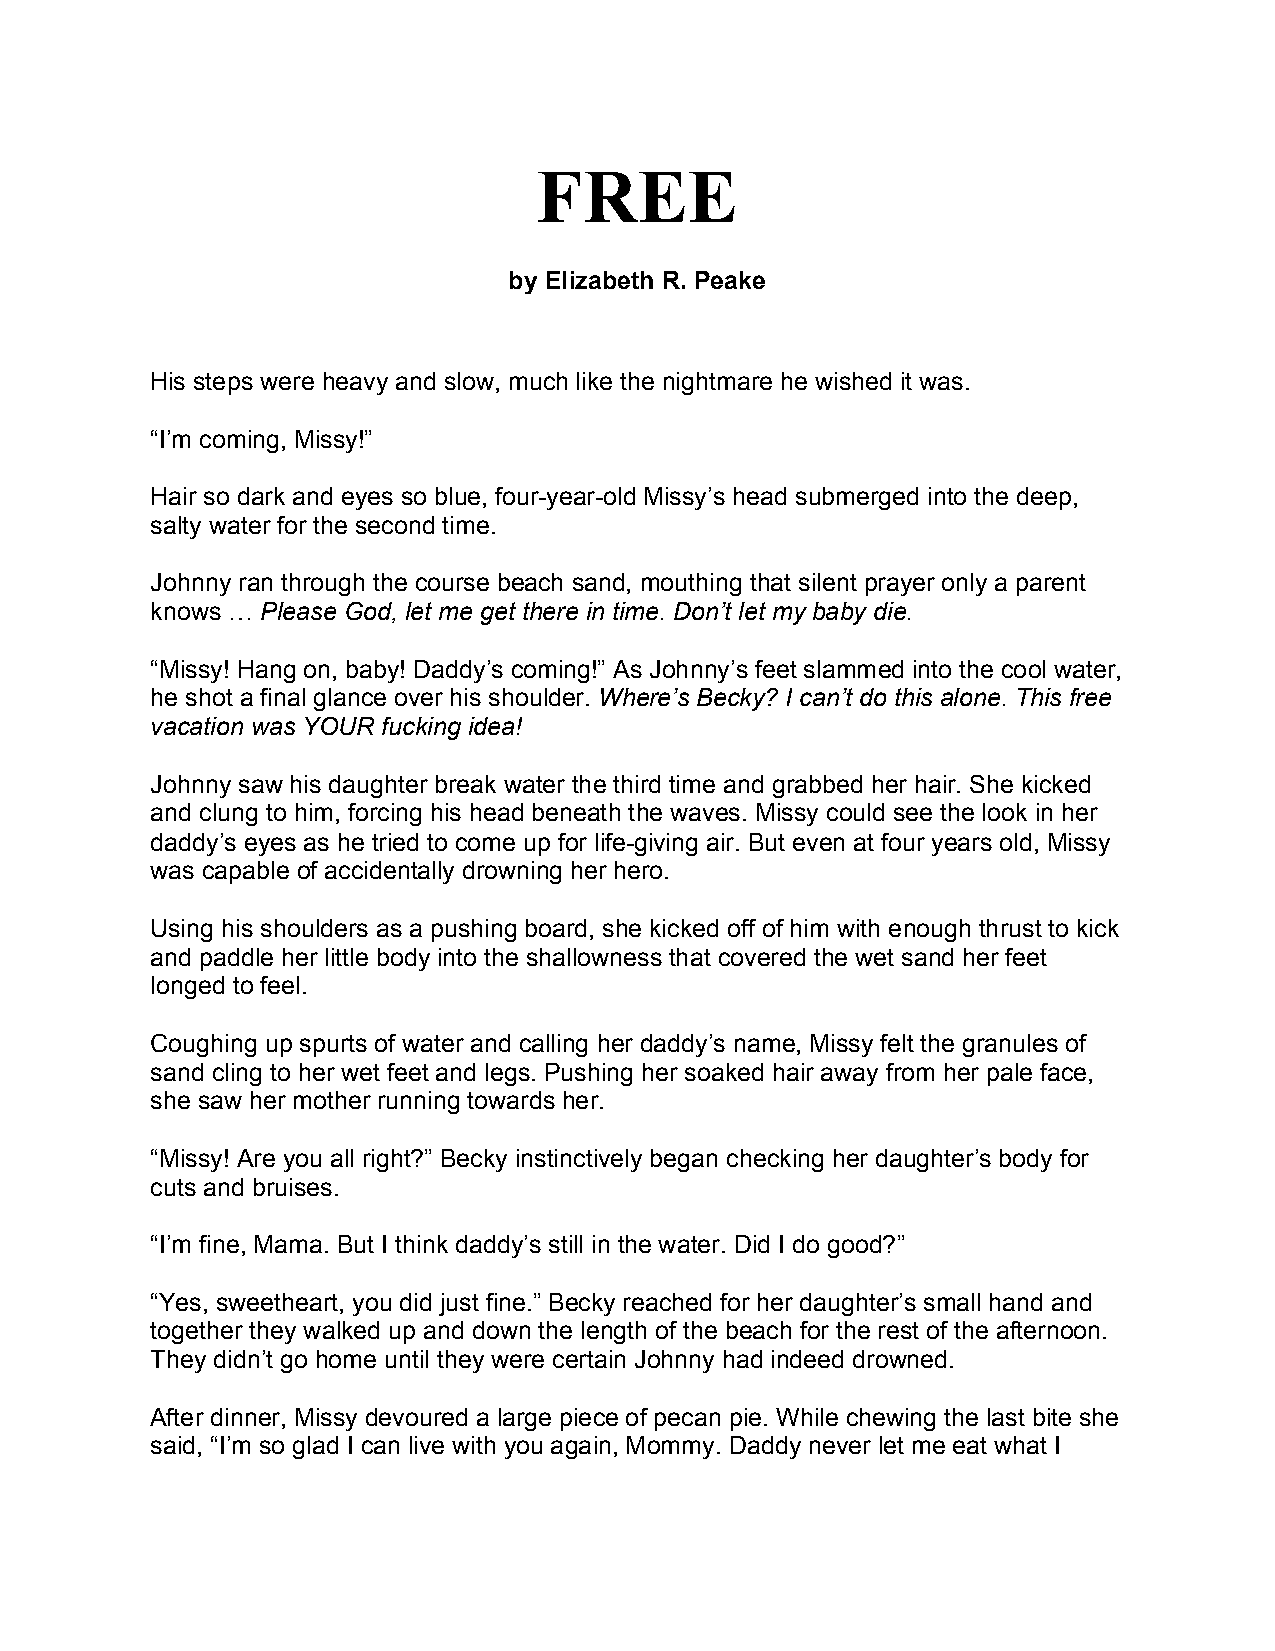
FREE
 by Elizabeth R. Peake
 His steps were heavy and slow, much like the nightmare he wished it was.
 “I’m coming, Missy!”
 Hair so dark and eyes so blue, four-year-old Missy’s head submerged into the deep,
 salty water for the second time.
 Johnny ran through the course beach sand, mouthing that silent prayer only a parent
 knows … Please God, let me get there in time. Don’t let my baby die.
 “Missy! Hang on, baby! Daddy’s coming!” As Johnny’s feet slammed into the cool water,
 he shot a final glance over his shoulder. Where’s Becky? I can’t do this alone. This free
 vacation was YOUR fucking idea!
 Johnny saw his daughter break water the third time and grabbed her hair. She kicked
 and clung to him, forcing his head beneath the waves. Missy could see the look in her
 daddy’s eyes as he tried to come up for life-giving air. But even at four years old, Missy
 was capable of accidentally drowning her hero.
 Using his shoulders as a pushing board, she kicked off of him with enough thrust to kick
 and paddle her little body into the shallowness that covered the wet sand her feet
 longed to feel.
 Coughing up spurts of water and calling her daddy’s name, Missy felt the granules of
 sand cling to her wet feet and legs. Pushing her soaked hair away from her pale face,
 she saw her mother running towards her.
 “Missy! Are you all right?” Becky instinctively began checking her daughter’s body for
 cuts and bruises.
 “I’m fine, Mama. But I think daddy’s still in the water. Did I do good?”
 “Yes, sweetheart, you did just fine.” Becky reached for her daughter’s small hand and
 together they walked up and down the length of the beach for the rest of the afternoon.
 They didn’t go home until they were certain Johnny had indeed drowned.
 After dinner, Missy devoured a large piece of pecan pie. While chewing the last bite she
 said, “I’m so glad I can live with you again, Mommy. Daddy never let me eat what I